Vaccination in the Punjab 1897-1904 - 1897-1904
Year: 1897
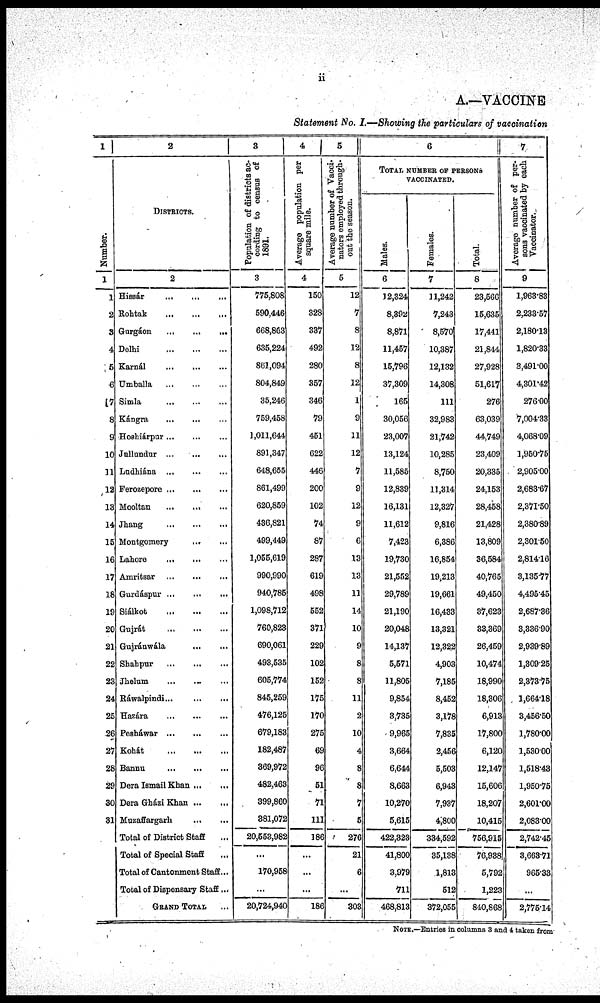
ii
A.—VACCINE
Statement No. I.—Showing the particulars of vaccination
1
Number.
1
1
2
3
4
5
6
7
8
9
10
11
12
13
14
15
16
17
18
19
20
21
22
23
24
25
26
27
28
29
30
31
2
DISTRICTS.
2
Hissár
...
...
...
Rohtak
...
...
...
Gurgáon
...
...
...
Delhi
...
...
...
Karnál
...
...
...
Umballa
...
...
...
Simla
...
...
...
Kángra
...
...
...
Hoshiárpur
...
...
...
Jullundur
...
...
...
Ludhiàna
...
...
...
Ferozepore
...
...
...
Mooltan
...
...
...
Jhang
...
...
...
Montgomery ... ... ...
Lahore
...
...
...
Amritsar
...
...
...
Gurdáspur
...
...
...
Siálkot
...
...
...
Gujrát
...
...
...
Gujránwála
...
...
...
Shahpur
...
...
...
Jhelum ... ... ...
Ráwalpindi
...
...
...
Hazára
...
...
...
Pesháwar
...
...
...
Kohát
...
...
...
Bannu
...
...
...
Dera Ismail Khan ... ... ...
Dera Gházi Khan ... ... ...
Muzaffargarh ... ... ...
Total of District Staff ...
Total of Special Staff ...
Total of Cantonment Staff ...
Total of Dispensary Staff ...
GRAND TOTAL ...
3
Population of districts ac¬
cording to census of
1891.
3
775,808
590,446
668,863
635,224
861,094
804,849
35,246
759,458
1,011,644
891,347
648,655
861,499
620,859
436,821
499,449
1,055,619
990,990
940,785
1,098,712
760,823
690,061
493,535
605,774
845,259
476,125
679,183
182,487
369,972
482,463
399,860
381,072
20,553,982
...
170,958
...
20,724,940
4
Average population per
square mile.
4
150
328
337
492
280
357
346
79
451
622
446
200
102
74
87
287
619
498
552
371
229
102
152
175
170
275
69
96
51
71
111
186
...
...
...
186
5
Average number of Vacci¬
nators employed through-
out the season.
5
12
7
8
12
8
12
1
9
11
12
7
9
12
9
6
13
13
11
14
10
9
8
8
11
2
10
4
8
8
7
5
276
21
6
...
303
6
TOTAL NUMBER OF PERSONS
VACCINATED.
Males.
6
12,324
8,392
8,871
11,457
15,796
37,309
165
30,056
23,007
13,124
11,585
12,839
16,131
11,612
7,423
19,730
21,552
29,789
21,190
20,048
14,137
5,571
11,805
9,854
3,735
9,965
3,664
6,644
8,663
10,270
5,615
422,323
41,800
3,979
711
468,813
Females.
7
11,242
7,243
8,570
10,387
12,132
14,308
111
32,983
21,742
10,285
8,750
11,314
12,327
9,816
6,386
16,854
19,213
19,661
16,433
13,321
12,322
4,903
7,185
8,452
3,178
7,835
2,456
5,503
6,943
7,937
4,800
334,592
35,138
1,813
512
372,055
Total.
8
23,566
15,635
17,441
21,844
27,928
51,617
276
63,039
44,749
23,409
20,335
24,153
28,458
21,428
13,809
36,584
40,765
49,450
37,623
33,369
26,459
10,474
18,990
18,306
6,913
17,800
6,120
12,147
15,606
18,207
10,415
756,915
76,938
5,792
1,223
840,868
7
Average number of per-
sons vaccinated by each
Vaccinator.
9
1,963.83
2,233.57
2,180.13
1,820.33
3,491.00
4,301.42
276.00
7,004.33
4,068.09
1,950.75
2,905.00
2,683.67
2,371.50
2,380.89
2,301.50
2,814.16
3,135.77
4,495.45
2,687.36
3,336.90
2,939.89
1,309.25
2,373.75
1,664.18
3,456.50
1,780.00
1,530.00
1,518.43
1,950.75
2,601.00
2,083.00
2,742.45
3,663.71
965.33
...
2,775.14
NOTE.—Entries in columns 3 and 4 taken from